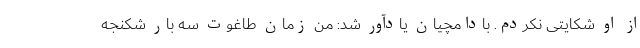
از او شکایتی نکردم. بادامچیان یادآور شد: من زمان طاغوت سه بار شکنجه